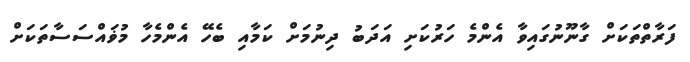
ފަރާތްތަކަށް ގާނޫނުގައިވާ އެންމެ ހަރުކަށި އަދަބު ދިނުމަށް ކަމާއި ބެހޭ އެންމެހާ މުޥައްސަސާތަކަށް